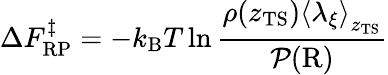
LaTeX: \Delta F_{\mathrm{RP}}^{\ddagger}=-k_{\mathrm{B}}T\ln\frac{\rho(z_{\mathrm{TS}})\left<\lambda_{\xi}\right>_{z_{\mathrm{TS}}}}{\mathcal{P}(\mathrm{R})}